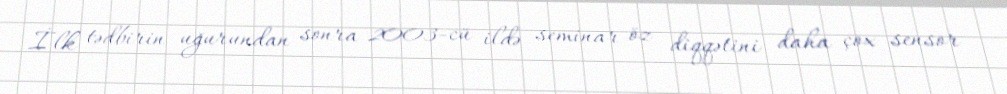
İlk tədbirin uğurundan sonra 2003-cü ildə seminar öz diqqətini daha çox sensor